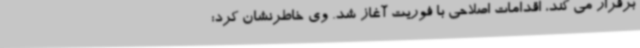
برقرار می کند، اقدامات اصلاحی با فوریت آغاز شد. وی خاطرنشان کرد: